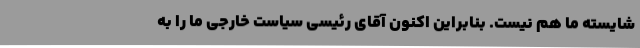
شایسته ما هم نیست. بنابراین اکنون آقای رئیسی سیاست خارجی ما را به